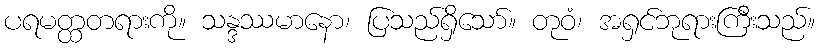
ပရမတ္ထတရားကို။ သန္ဒဿမာနော၊ ပြသည်ရှိသော်။ တုဝံ၊ အရှင်ဘုရားကြီးသည်။